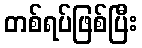
တစ်ရပ်ဖြစ်ပြီး